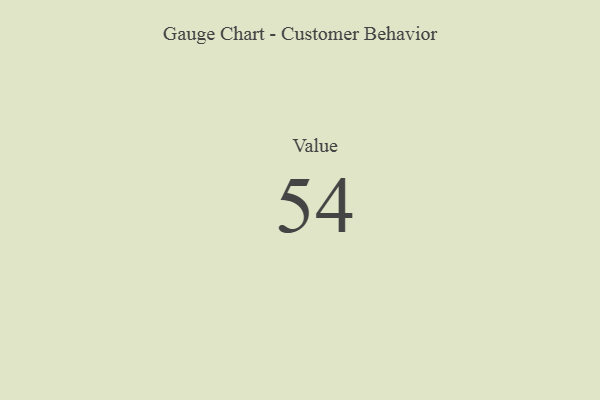
{"axis": {"x": "Metric", "y": "Value"}, "legend": [""], "data": [{"x": "Value", "y": 54, "type": ""}]}